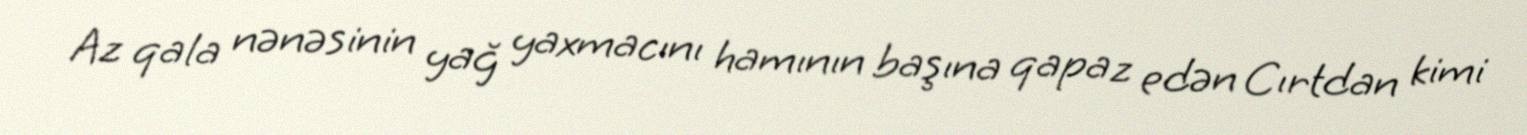
Az qala nənəsinin yağ yaxmacını hamının başına qapaz edən Cırtdan kimi